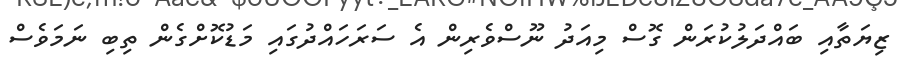
ޒިޔަތާއި ބައްދަލުކުރަން ގޮސް މިއަދު ނޫސްވެރިން އެ ސަރަހައްދުގައި މަޑުކޮށްގެން ތިބި ނަމަވެސް